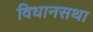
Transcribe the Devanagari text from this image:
विधानसथा